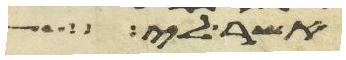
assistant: אשר לי